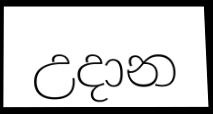
උදාන